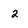
Character: 2